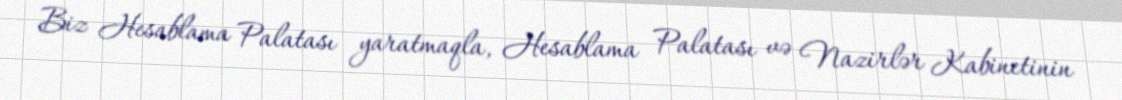
Biz Hesablama Palatası yaratmaqla, Hesablama Palatası və Nazirlər Kabinetinin